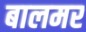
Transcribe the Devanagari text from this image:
बालमर